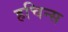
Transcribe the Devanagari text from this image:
हचिन्स